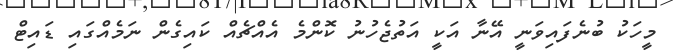
މީހަކު ބުނެފައިވަނީ އޭނާ އަކީ އަތުޖެހުނު ކޮންމެ އެއްޗެއް ކައިގެން ނަމެއްގައި ޑައިޓް